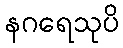
နဂရေသုပိ